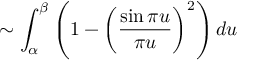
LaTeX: \sim \int _ { \alpha } ^ { \beta } \left( 1 - { \biggl ( } { \frac { \sin { \pi u } } { \pi u } } { \biggr ) } ^ { 2 } \right) d u